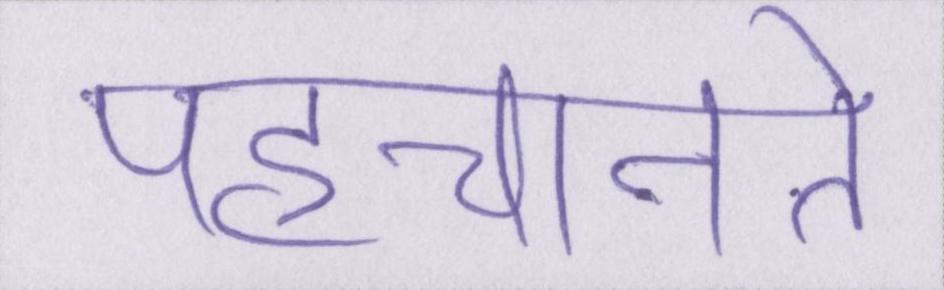
पहचानते